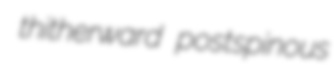
thitherward postspinous